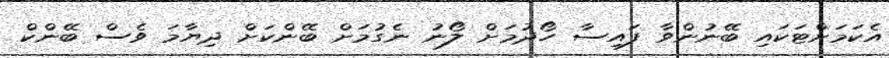
އެކަމަށްޓަކައި ބޭނުންވާ ފައިސާ ހޯދުމަށް ލޯނު ނެގުމަށް ބޭންކަށް ދިޔާމަ ވެސް ބޭންކް